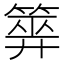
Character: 𥰰